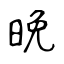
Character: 晚